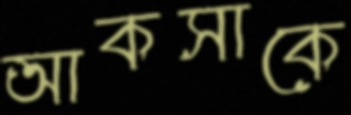
আকসাকে